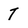
Character: T